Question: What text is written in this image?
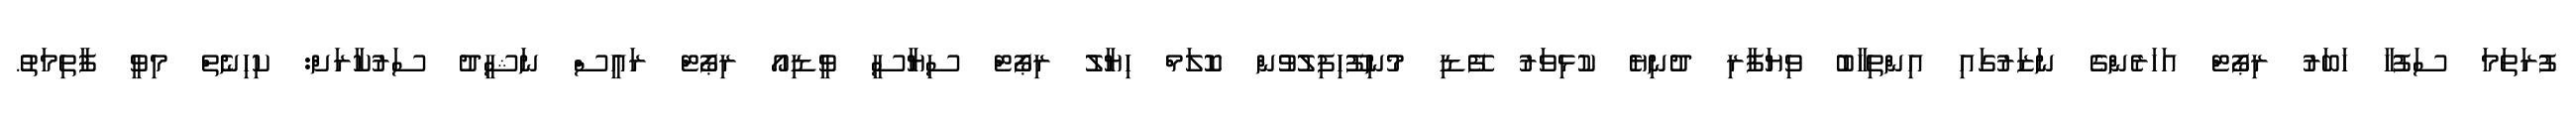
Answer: ފުރަތަމަ ސަފުހާ ހަބަރު ރިޕޯޓް އަހަރެންގެ ނަޒަރުގައި އިންތިހާބު ވިޔަފާރި ދުނިޔެ ކުޅިވަރު ފޭޑި މުނިފޫހިފިލުވުން ކޮލަމް ހިޔާލު ރިޕޯޓް ސިޔާސީ ވީޑިއޯ ރިޕޯޓް ރައީސް ނަޝީދު ސަރުކާރަށް: ކިހިނެތް މިވީ ފާތިމަތު.